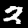
Digit: 2